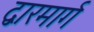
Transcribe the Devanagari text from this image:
द्वारमार्ग